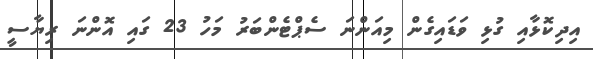
އިދިކޮޅާއި ގުޅި ވަޑައިގެން މިއަންނަ ސެޕްޓެންބަރު މަހު 23 ގައި އޮންނަ ރިޔާސީ